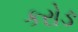
કરોઙ